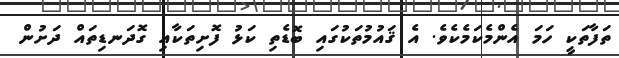
ތަފާތަކީ ހަމަ އެންމެކަމެކެވެ. އެ ޤައުމުތަކުގައި ބޮޑެތި ކަޅު ފޮށިތަކާއި ގޮދަނޑިތައް ދަށުން